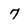
Character: 7